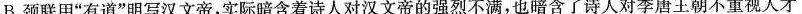
B.颈联用”有道”明写汉文帝，实际暗含着诗人对汉文帝的强烈不满，也暗含了诗人对李唐王朝不重视人才